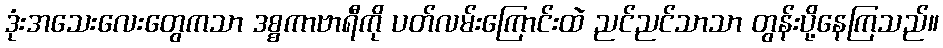
ဒုံးအသေးလေးတွေကသာ ဒစ္စကာဗာရီကို ပတ်လမ်းကြောင်းထဲ ညင်ညင်သာသာ တွန်းပို့နေကြသည်။